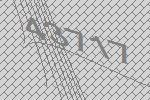
43717